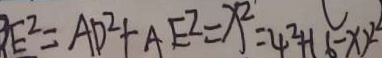
B E ^ { 2 } = A D ^ { 2 } + A E ^ { 2 } = x ^ { 2 } = 4 ^ { 2 } + ( 6 - x ) ^ { 2 }